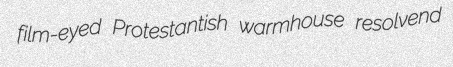
film-eyed Protestantish warmhouse resolvend